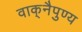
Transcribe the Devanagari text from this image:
वाक्‌नैपुण्य